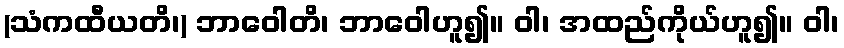
(သံကထီယတိ၊) ဘာဝေါတိ၊ ဘာဝေါဟူ၍။ ဝါ၊ အထည်ကိုယ်ဟူ၍။ ဝါ၊